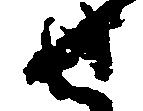
せ